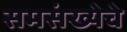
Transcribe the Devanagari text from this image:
समसंख्येचे